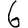
Digit: 6